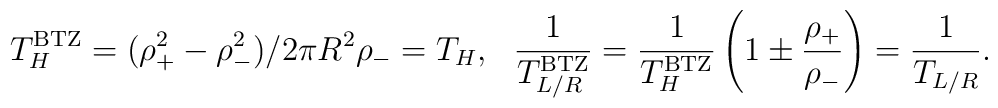
T_H^{\rm BTZ} = (\rho_+^2- \rho_-^2)/2 \pi R^2 \rho_- = T_H, ~~{1 \over T_{L/R}^{\rm BTZ}} = {1 \over T_H^{\rm BTZ}}  \left ( 1 \pm { \rho_+ \over \rho_-} \right ) = {1 \over T_{L/R}}.